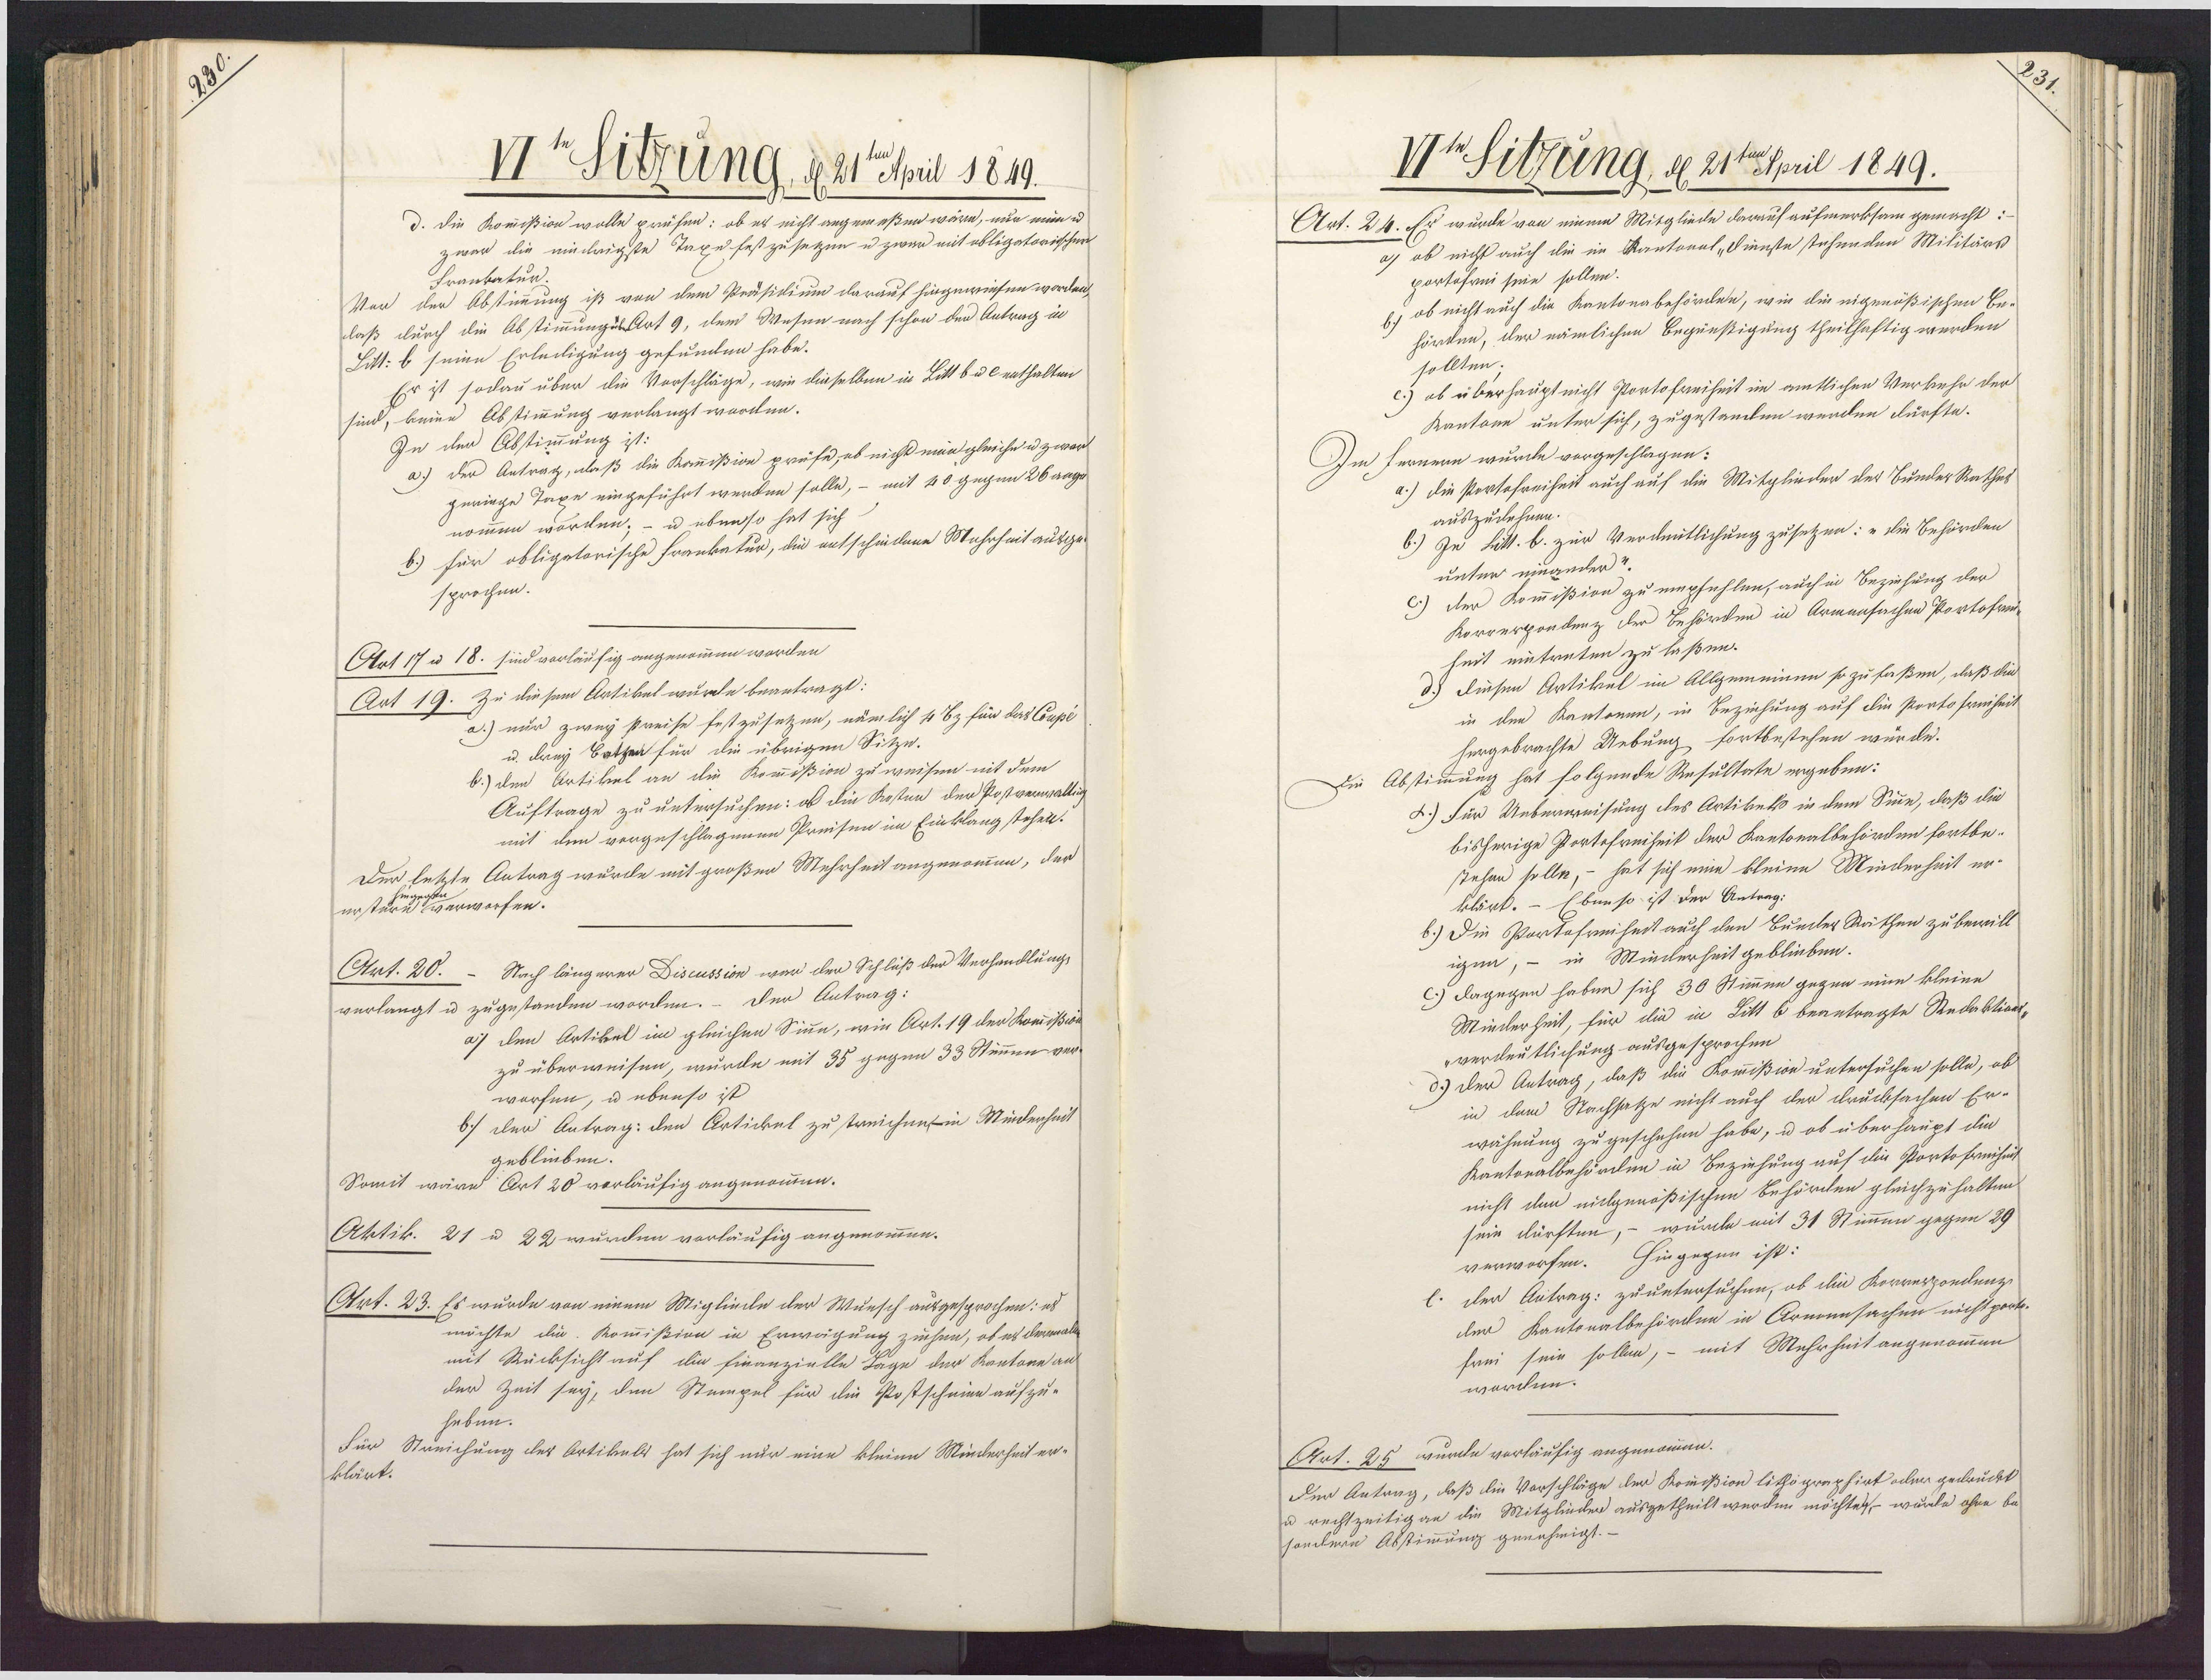
2

VIte Sitzung, d. 21ril 1819.
d. Die Kommißion wolle prüfen: ob es nicht angemeßen wäre, nur nun u.
zwar die niednigste Taxe festzusetzen u zwar mit obligatoriischen
Frankatur.
Vor der Abstimmung ist von dem Präsidium darauf hingewiesen worden,
laß durch die AbstimmungusArt 9, dem Wesen nach schon der Antrag in
Litt: b seine Erledigung gefunden habe.
Er ist sodau über die Vorschläge, wie dieselben in Littbul enthalten
sind, keine Abstimmung verlangt worden.
In der Abstimmung ist:
a.) Der Antrag, daß die Kommißion prüfe, ob nicht min gleiche u zwer¬
geringe Taxe eingeführt werden solle, – mit 40 gegen 26 aage
nomen worden; - u ebenso hat sich
b.) für obligatorische Frankatur, die entschiedene Mahrheit ausge
sprochen.
Art 17 u 18. sind vorläufig angenommen worden.
Art 19. Zu diesem Artikel wurde beantragt:
a.) nur zwey Preise festzusetzen, nämlich 4 Ez für das Coupé¬
u. drey Batzen für die übrigen Sitze.
b.) den Artikel an die Kommißion zuweisen mit dem
Auftrage zu untersuchen: ob die Kosten der Postverwaltig
mit dem vorgeschlagenen Preisen im Einklang stehen.
Der letzte Antrag wurde mit großen Mehrheit angenommen, der
erstaverworfen.
Nach längerer Discussion war den Schluß der Verhandlung
Art. 20.
verlangt u zugestanden worden. - Der Antrag:
a) den Artikel im gleichen Sine, wie Art. 19 der Kommißion
zu überweisen, wurde mit 35 gegen 33 Stimmen ver¬
worfen, u ebenso ist
b] der Antrag: den Artickel zu streichen in Mindenheit
geblieben.
Somit wäre Art 20 vorläufig angenommen.
Aktik. 21 u 22 wurden vorläufig angenommen.
Art. 23. Es wurde von einem Migliede der Wunsch ausgesprochen: es
möchte die Kommißion in Erwägung zuhen, ob es dererall
mit Rücksicht auf die finanzielle Tage der Kantone aus
der Zeit sey, den Stumpel für die Postscheine aufzu¬
heben.
Für Streichung des Artikels hat sich nur eine kleine Minderheit er¬
klärt.

Ih Sitzung, d. 21ten April 1849.
Art. 24. Er wurde von einem Mitgliede darauf aufmerksam gemacht:
a) ob nicht auch die im Kantonal „Dienste tehenden Militärs
portofrii sein sollen.
l) ob nicht auch die Kantonabehörden, wie die eigenößischen Be¬
hörden, der nämlichen Begünstigung theilhaftig werden
sollten.
c.) ob überhaupt nicht Portofreiheit im amtlichen Verkehr der
Kantone unter sich, zugestanden wenden dürfte.
Im fernern wurde vorgeschlagen:
a.) die stertofreiheit auch auf die Mitglieder der BunderRathes
auszudehnen.
b.) In Litt. b. zur Verdeitlichung zusetzen: „die Behörden
unter einander
c.) der Kommißion zu empfehlen, auch in Beziehung der
Korverpondenz der Behörden in Armensachen Portofre
heit eintreten zu laßen.
d.) diesen Artikel im Allgemeinen so zu faßen, daß die
in den Kantonin, in Beziehung auf die portofreiheit
hergebrachte Uebung fortbestehen würde.
Die Abstimmung hat folgende Resultate ergeben:
L.) Für Ueberweisung des Artikets in dem Sinne, daß die
bisherige Portefreiheit der Kantonalbehörden fortbe¬
stehen solle, - hat sich eine kleine Minderheit er¬
klärt. - Eben so ist der Antrag:
b.) Die Portofreiheit auch den Bunder Räthen zubewill
igen, – in Minderheitgeblieben.
c.) dagegen haben sich 30 Stimmen gegen eine kleine
Minderheit, für die in Sitt b beanträgte Redaktion¬
verdeutlichung ausgesprochen.
d.) Der Antrag, daß die Kommißion untersuchen solle, ob
in dem Nachsatze nicht auch der drucksachen Er-
wähnung zugeschehen habe, u ob überhaupt die
Kantonalbehörden in Beziehung auf die Portofreiheit
nicht den viclgenößischen Behörden gleichzuhalten
sein dürften, - wurde mit 31 Stimmen gegen 29
verworfen. Hingegen ist:
der Antrag: zu untersuchen, ob die Korverpondenzi
der Kantonalbehörden in Arnonnsachen nicht port¬
frei sein sollen, – mit Mehrheit angenommen
worden.
Ant. 25 wunde vorläufig angenommen.
Der Antrag, daß die Vorschläge der Komißion lithoprepfirt oder gedruckt
u rechtzeitig an die Mitgliedker ausgetheilt werden möchte wurde ohne be¬
sondern Abstimmung genehmigt.-